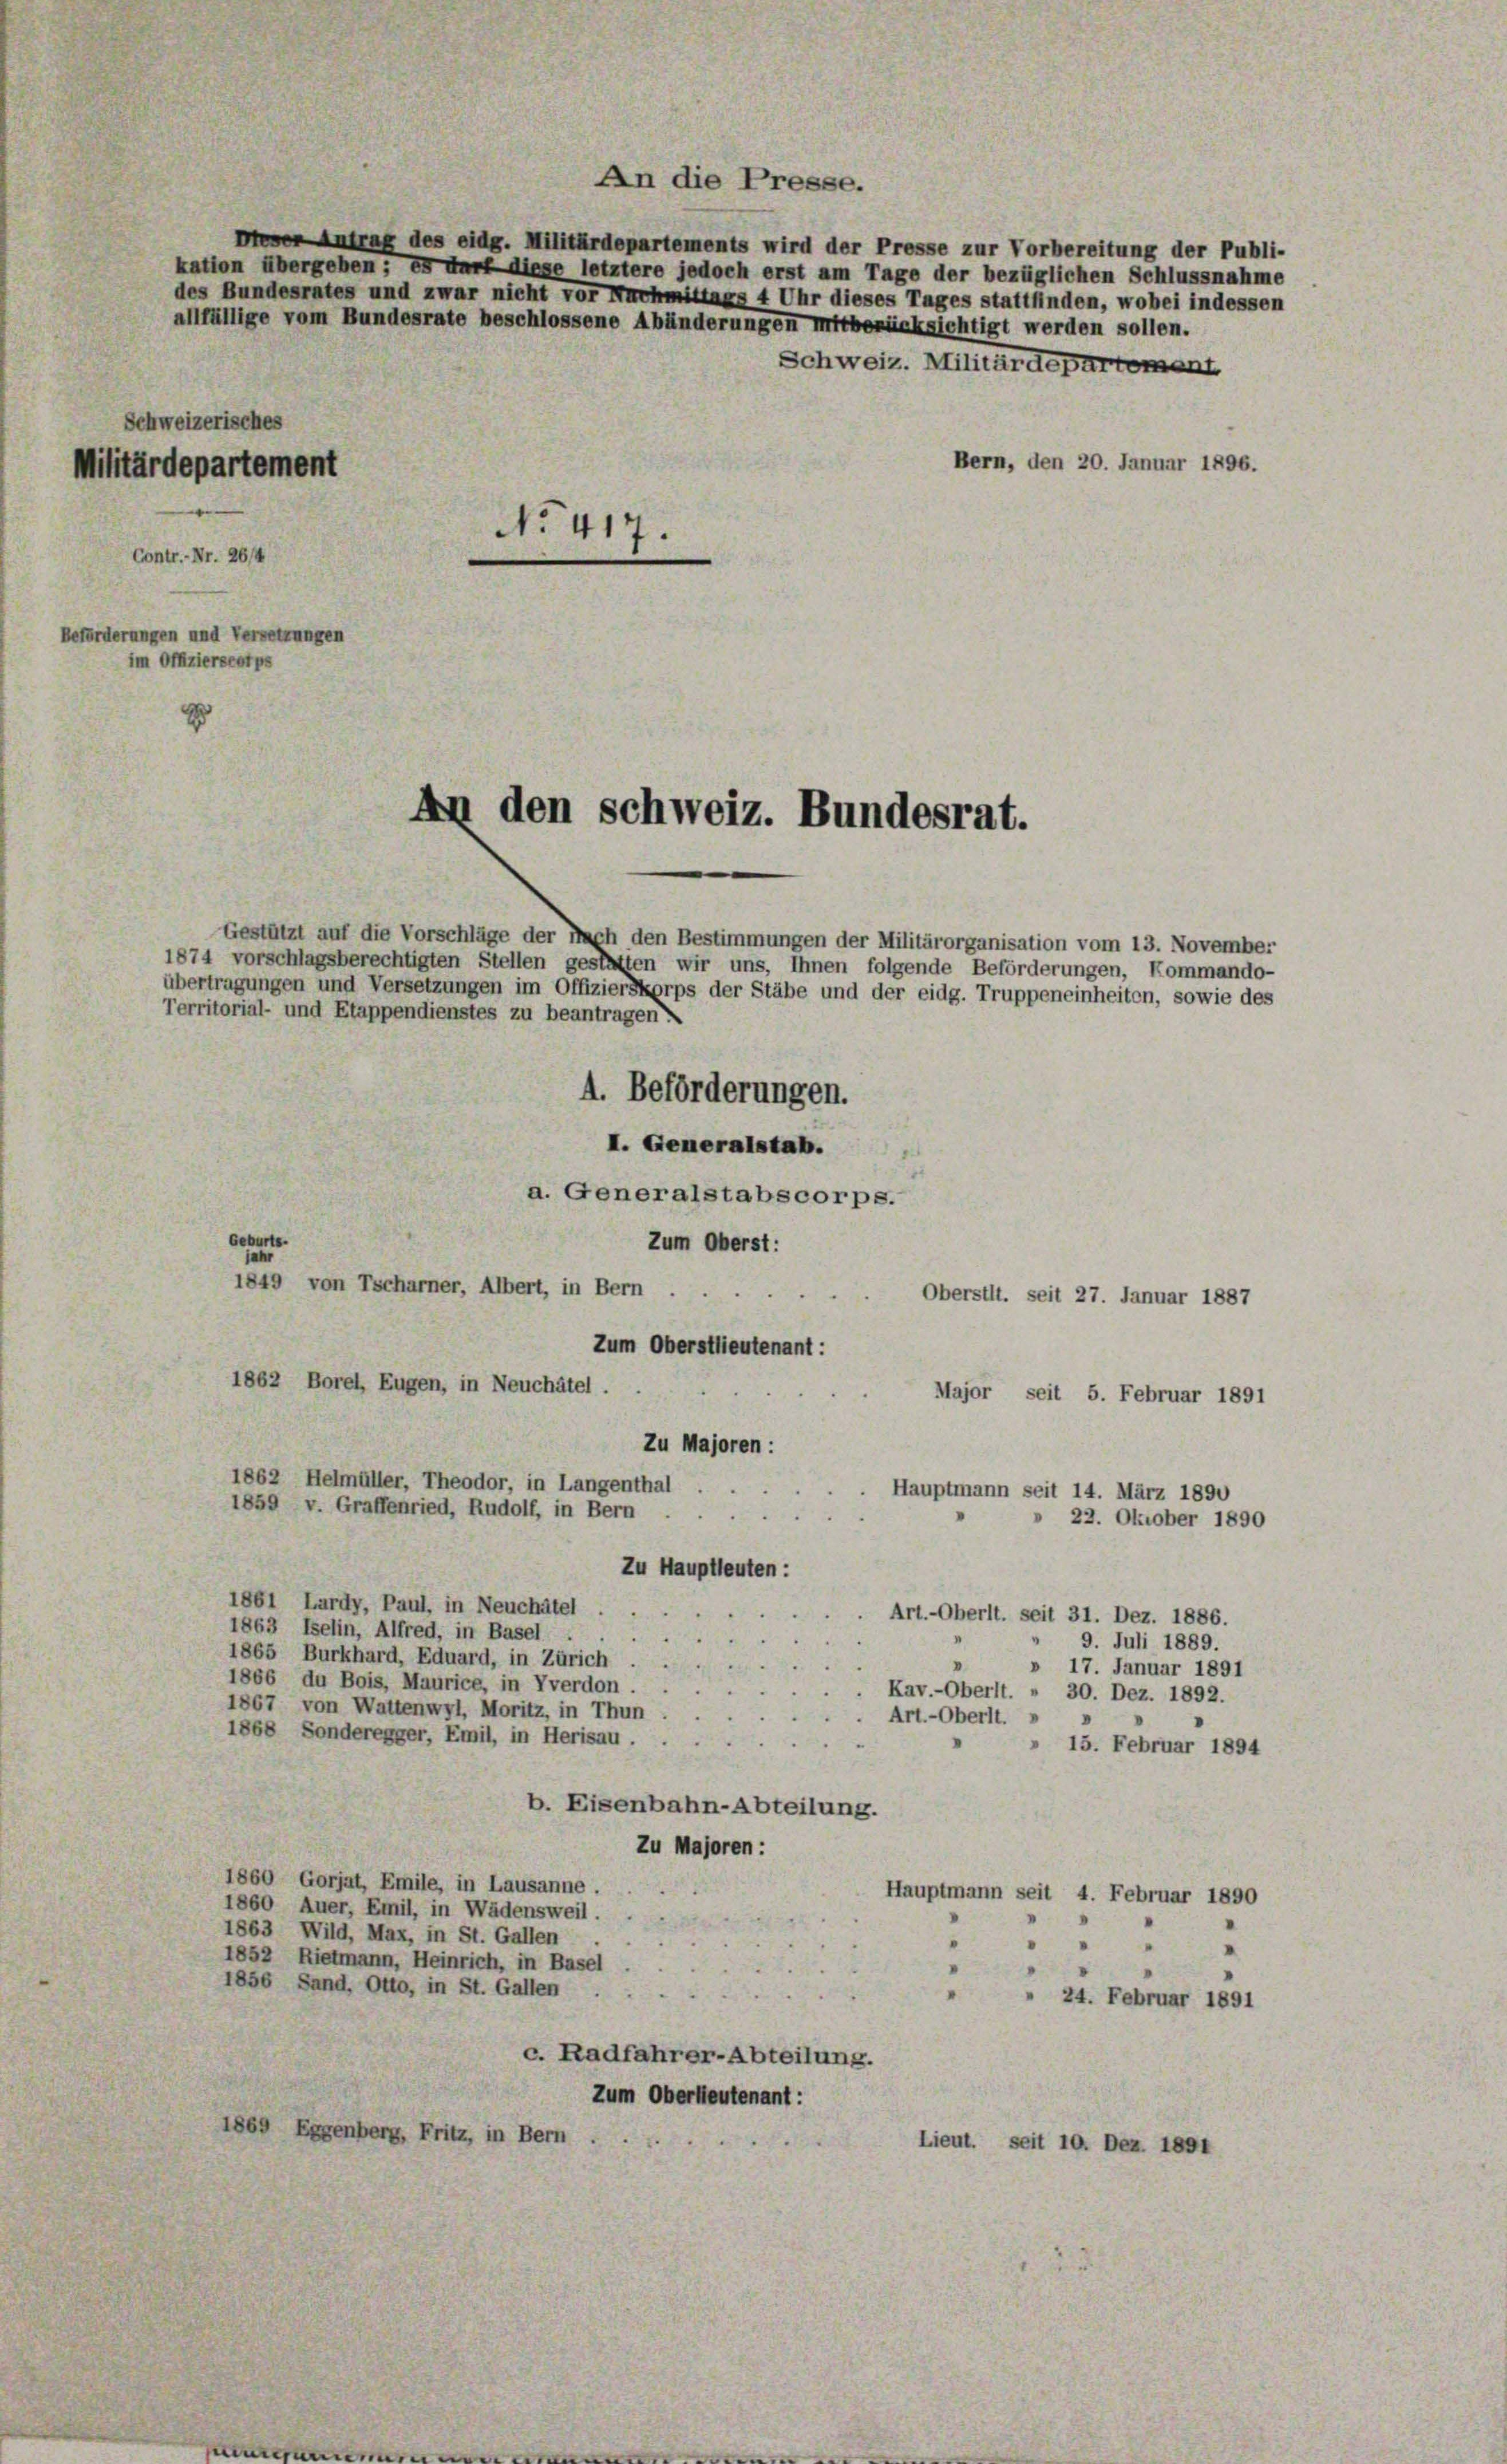
Schweizerisches
Bern, den 20. Januar 1896.
Militärdepartement
No. 417.
Contr.-Nr. 26/4
Beförderungen und Versetzungen
im Offizierscorps
x

An den Schweiz. Bundesrat.

Diesen Antrag des eidg. Militärdepartements wird der Presse zur Vorbereitung der Publi-
kation übergeben; es darf diese letztere jedoch erst am Tage der bezüglichen Schlussnahme
des Bundesrates und zwar nicht vor Nachmittags 4 Uhr dieses Tages stattfinden, wobei indessen
allfällige vom Bundesrate beschlossene Abänderungen mitberücksichtigt werden sollen.
Schweiz. Militärdepartomant

An die Presse.

Gestützt auf die Vorschläge der Nach den Bestimmungen der Militärorganisation vom 13. November
1874 vorschlagsberechtigten Stellen gestatten wir uns, Ihnen folgende Beförderungen, Kommando-
übertragungen und Versetzungen im Offizierskorps der Stäbe und der eidg. Truppeneinheiten, sowie des
Territorial- und Etappendienstes zu beantragen.
4. Beförderungen.
I. Generalstab.
a. Generalstabscorps.
Geburts-
Zum Oberst:
jahr
1849 von Tscharner, Albert, in Bern
Oberstit. seit 27. Januar 1887
Zum Oberstlieutenant :
1862 Borel, Eugen, in Neuchâtel.
Major seit 5. Februar 1891
Zu Majoren :
1862 Helmüller, Theodor, in Langenthal
Hauptmann seit 14. März 1890
1859 v. Graffenried, Rudolf, in Bern
22. Oktober 1890
Zu Hauptleuten:
1861 Lardy, Paul, in Neuchâtel . .
Art.-Oberlt. seit 31. Dez. 1886.
1863 Iselin, Alfred, in Basel
9. Juli 1889.
1865 Burkhard, Eduard, in Zürich . .
» 17. Januar 1891
1866 du Bois, Maurice, in Vverdon . .
Kav.-Oberlt. » 30. Dez. 1892.
1867 von Wattenwyl, Moritz, in Thun
Art. - Oberlt.
1868 Sonderegger, Emil, in Herisau ..
» 15. Februar 1894
b. Eisenbahn-Abteilung.
Zu Majoren :
1860 Gorjat, Emile, in Lausanne.
Hauptmann seit 4. Februar 1890
1860 Auer, Emil, in Wädensweil.
1863 Wild, Max, in St. Gallen
1852 Rietmann, Heinrich, in Basel
1856 Sand, Otto, in St. Gallen

" 24. Februar 1891
c. Radfahrer-Abteilung.
Zum Oberleutenant:
1869 Eggenberg, Fritz, in Bern
Lieut. seit 10. Dez. 1891